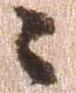
々